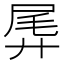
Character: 𫸛